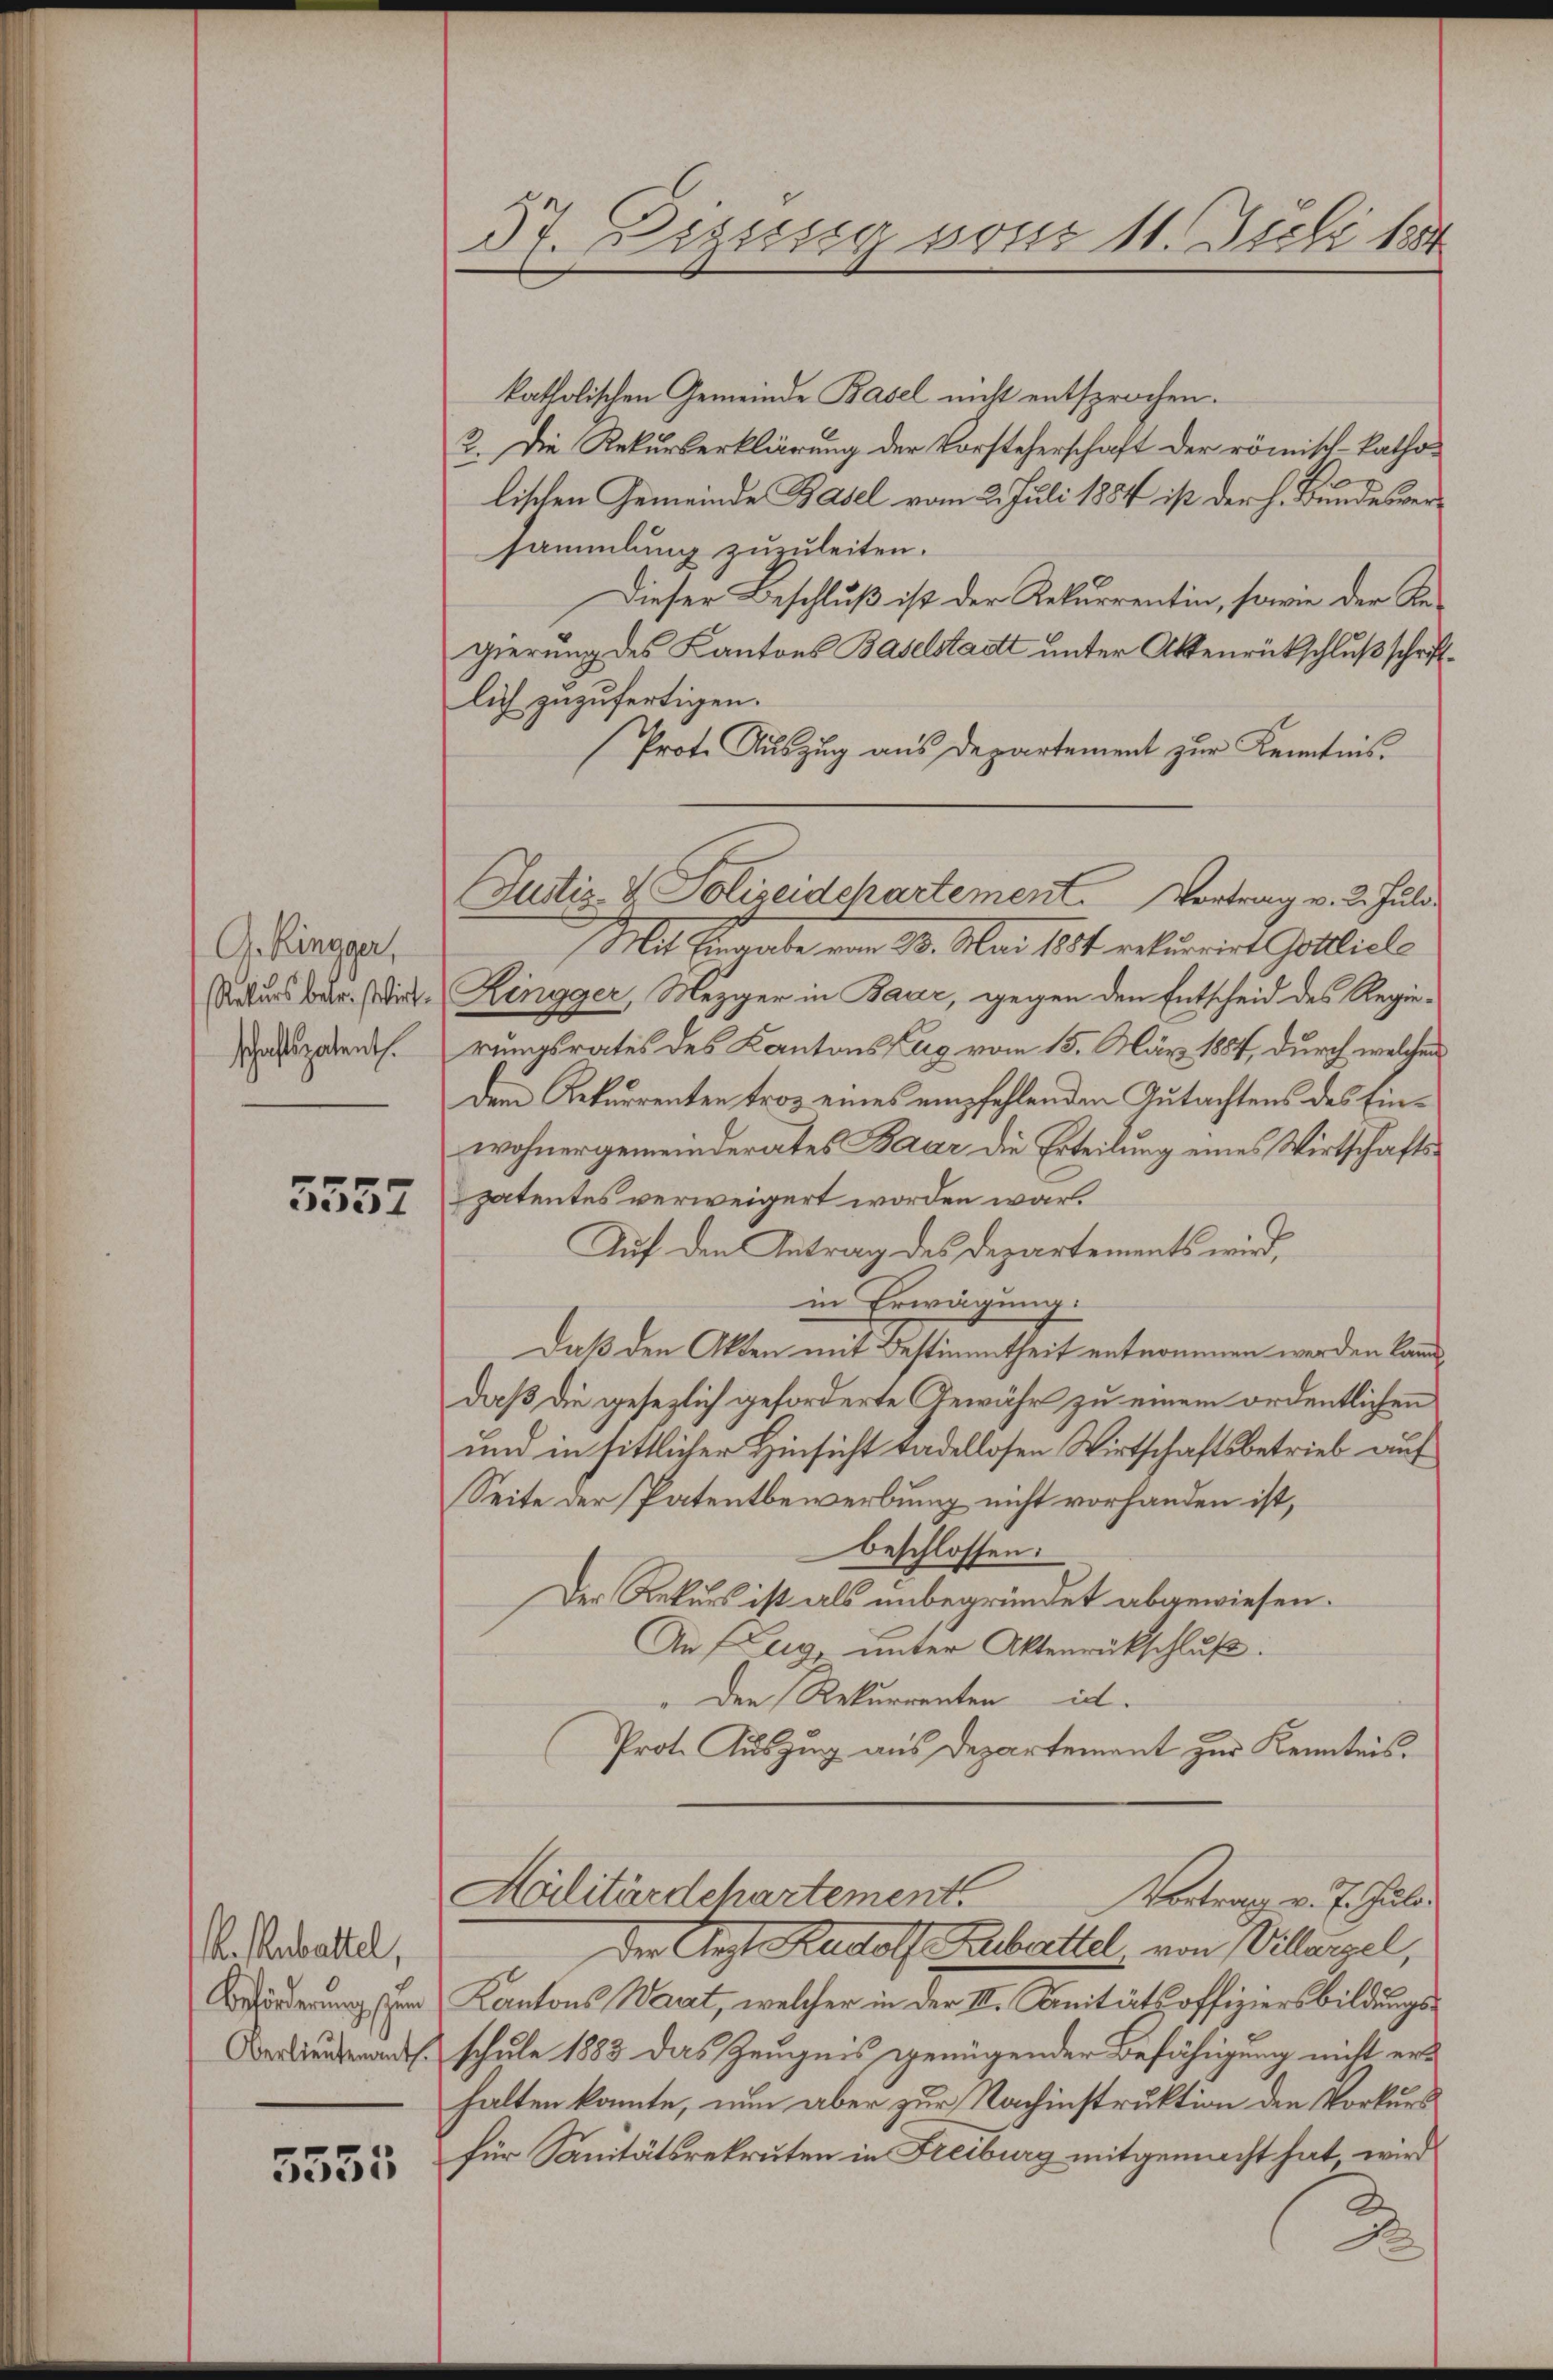
G. Ringger,
Rekurs betr. Wirt
schaftspatent.

5552

. erbattel,
Beförderung sein
Oberlieutenant.

5555

37. Dezisig von 11. Juli 1884

katholischen Gemeinde Basel nicht entsprochen.
2. Die Rekurserklärung der Vorsteherschaft der römisch-katholischen Gemeinde Basel vom 2. Juli 1884 ist der h. Bundesversammlung zuzuleiten.
Dieser Beschluß ist der Rekurrentin, sowie der Regierung des Kantons Baselstadt unter Aktenrückschluß schriftlich zuzufertigen.
Prot. Auszug aus Departement zur Kenntnis.
Mit Einande vom 24. Mai 184. rekurrirt Gottliche
Zingger, Mezger in Baar, gegen den Entscheid des Regie-
rungsrates des Kantons Tag vom 15. März 1887, durch welchen
Dem Rekurrenten troz eines empfehlenden Gutachtens des Einwohnergemeinderates Baar die Erteilung eines Wirtschaftspatentes verweigert worden war.
Auf den Antrag des Departements wird,
in Erwägung.
Daß den Akten mit Bestimmtheit entnommen werden kann,
daß die gesezlich geforderte Gewähr zu einem ordentlichen
und in sittlicher Hinsicht tadellosen Wirtschaftsbetrieb auf
Seite der Patentbewerbung nicht vorhanden ist,
beschlossen:
Der Rekurs ist als unbegründet abgewiesen.
An Zug, unter Aktenrückschluß.
" Den Rekurrenten ist.
Prot. Auszug aus Departement zur Kenntnis.

Justiz- & Polizeidchartement. Vortrag v. 2. Juli.

der Art Rudolf Kubrettel, von Villarzel,
Kantons Wart, welcher in der III. Sanitätsoffiziersbildungsschule 1883 das Zeugnis genügender Befähigung nicht erhalten konnte, nun aber zur Nachinstruktion den Vorkurs
für Sanitätsrekruten in Freiburg mitgemacht hat, wird
D
D

Halitärdchartement
Vortrag v. J. Juli.